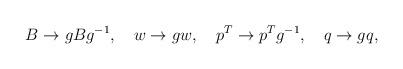
LaTeX: \begin{align*}B\rightarrow g B g^{-1},\quad w\rightarrow g w,\quad p^T\rightarrow p^T g^{-1},\quad q\rightarrow g q,\end{align*}